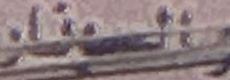
ولسونار